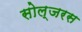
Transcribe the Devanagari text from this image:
सोल्जरस